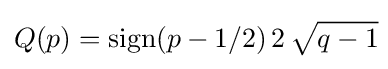
Q(p)=\operatorname {sign} (p-1/2)\,2\,{\sqrt {q-1}}\!